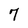
Character: 7